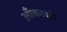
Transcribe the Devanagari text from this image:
आँकाक्षी